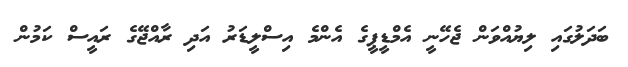
ބަދަލުގައި ލިޔުއްވަން ޖެހޭނީ އެމްޑީޕީގެ އެންމެ އިސްލީޑަރު އަދި ރާއްޖޭގެ ރައީސް ކަމުން